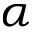
\alpha